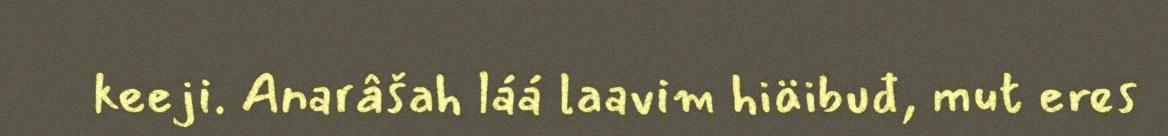
keeji. Anarâšah láá laavim hiäibuđ, mut eres